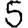
Digit: 5